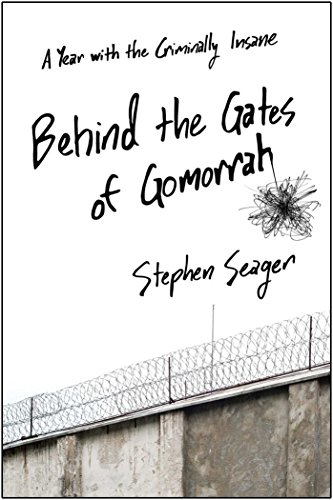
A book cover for Behind the Gates of Gomorrah: A Year with the Criminally Insane; Stephen Seager; Medical Books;